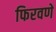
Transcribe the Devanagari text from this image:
फिरवणें